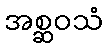
အစ္ဆဝသံ